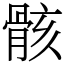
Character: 骸